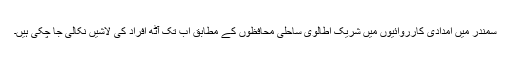
سمندر میں امدادی کارروائیوں میں شریک اطالوی ساحلی محافظوں کے مطابق اب تک آٹھ افراد کی لاشیں نکالی جا چکی ہیں۔